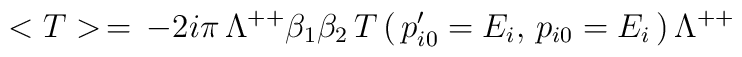
<T>\,=\,-2i\pi\,\Lambda^{++}\beta_1\beta_2\,T\,(\,p'_{i0}=E_i,\,p_{i0}=E_i\,)\,\Lambda^{++}